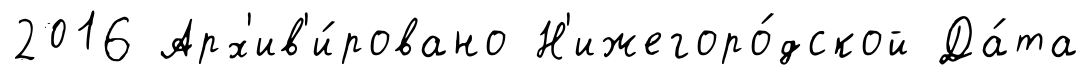
2016 Арх'ив'и́ровано Н'ижегоро́дской Да́та